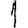
Digit: 1